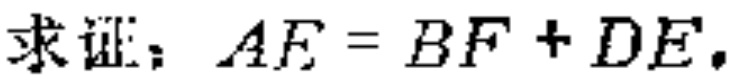
求证：$AE = BF + DE$.